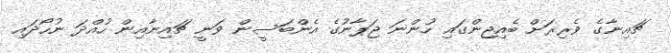
ޗައިނާގެ ވެރިރަށް ބެއިޖިންގައި ހުންނަ ޖަޕާނުގެ އެންބަސީން ވަނީ ޗައިނާއިން ހުއްދަ ނުހޯދައި